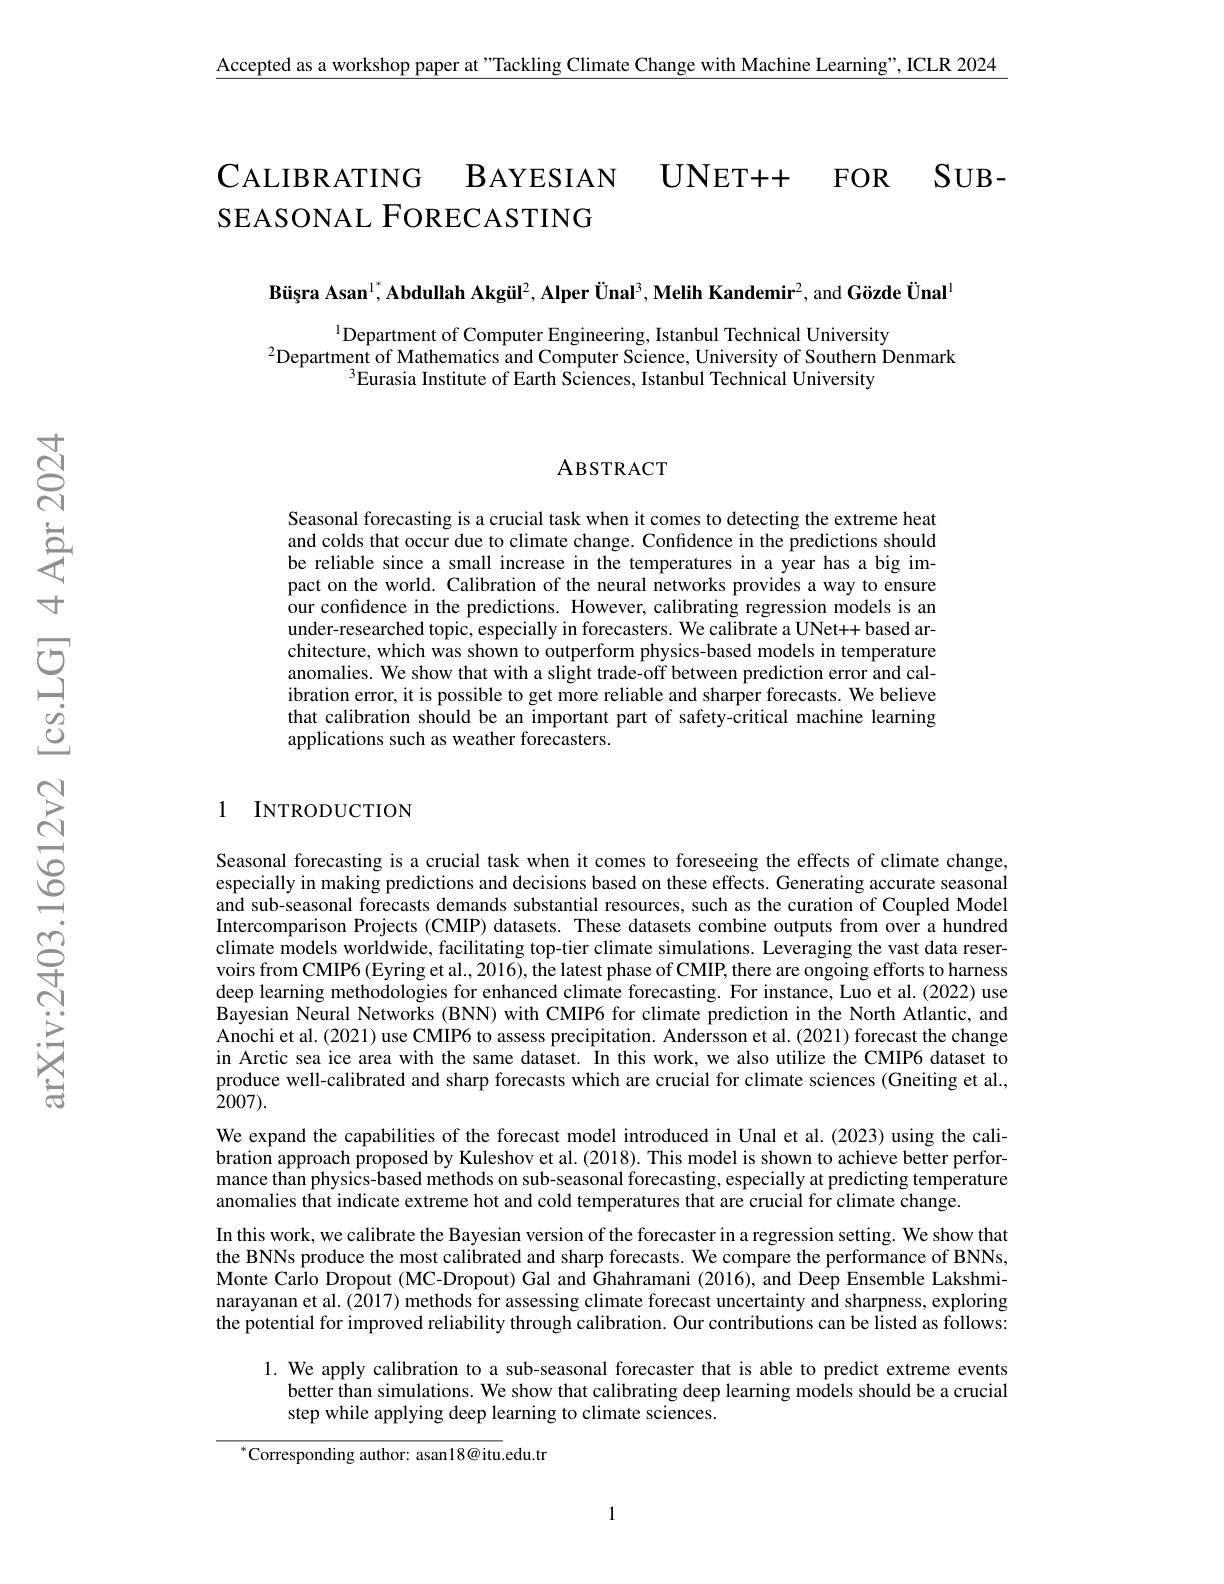
$\underline{\text{Accepted as a workshop paper at "Tackling Climate Change with Machine Learning", ICLR 2024}}$

CALIBRATING BAYESIAN UNET++ FOR SUB-
SEASONAL FORECASTING

$\textbf{Büșra Asan}^{1^*},\textbf{Abdullah Akgül}^2,\textbf{Alper Ünal}^3,\textbf{Melih Kandemir}^2$,and Gözde Ünal$^1$

$^{1}$Department of Computer Engineering, Istanbul Technical University
$^{2}$Department of Mathematics and Computer Science, University of Southern Denmark
$^{3}$Eurasia Institute of Earth Sciences, Istanbul Technical University

ABSTRACT

Seasonal forecasting is a crucial task when it comes to detecting the extreme heat and colds that occur due to climate change. Confidence in the predictions should be reliable since a small increase in the temperatures in a year has a big impact on the world. Calibration of the neural networks provides a way to ensure our confidence in the predictions. However, calibrating regression models is an under-researched topic, especially in forecasters. We calibrate a UNet++ based architecture, which was shown to outperform physics-based models in temperature anomalies. We show that with a slight trade-off between prediction error and calibration error, it is possible to get more reliable and sharper forecasts. We believe that calibration should be an important part of safety-critical machine learning applications such as weather forecasters.

## 1 INTRODUCTION

Seasonal forecasting is a crucial task when it comes to foreseeing the effects of climate change, especially in making predictions and decisions based on these effects. Generating accurate seasonal and sub-seasonal forecasts demands substantial resources, such as the curation of Coupled Model Intercomparison Projects (CMIP) datasets. These datasets combine outputs from over a hundred climate models worldwide, facilitating top-tier climate simulations. Leveraging the vast data reservoirs from CMIP6 (Eyring et al., 2016), the latest phase of CMIP, there are ongoing efforts to harness deep learning methodologies for enhanced climate forecasting. For instance, Luo et al. (2022) use Bayesian Neural Networks (BNN) with CMIP6 for climate prediction in the North Atlantic, and Anochi et al.(2021) use CMIP6 to assess precipitation. Andersson et al.(2021) forecast the change in Arctic sea ice area with the same dataset. In this work, we also utilize the CMIP6 dataset to produce well-calibrated and sharp forecasts which are crucial for climate sciences (Gneiting et al., $\bar{2}007).$
We expand the capabilities of the forecast model introduced in Unal et al.(2023) using the calibration approach proposed by Kuleshov et al. (2018). This model is shown to achieve better performance than physics-based methods on sub-seasonal forecasting, especially at predicting temperature anomalies that indicate extreme hot and cold temperatures that are crucial for climate change.
In this work, we calibrate the Bayesian version of the forecaster in a regression setting. We show that the BNNs produce the most calibrated and sharp forecasts. We compare the performance of BNNs, Monte Carlo Dropout (MC-Dropout) Gal and Ghahramani (2016), and Deep Ensemble Lakshminarayanan et al. (2017) methods for assessing climate forecast uncertainty and sharpness, exploring the potential for improved reliability through calibration. Our contributions can be listed as follows:
1. We apply calibration to a sub-seasonal forecaster that is able to predict extreme events
better than simulations. We show that calibrating deep learning models should be a crucial
step while applying deep learning to climate sciences.
$$^{*}$Corresponding author: asan18@$itu.edu.tr